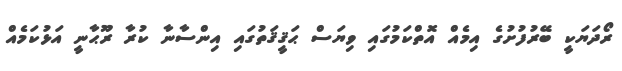
ރޯދަޔަކީ ބޭރުފުށުގެ އިމެއް އޮތްކަމުގައި ވިޔަސް ޙަޤީޤަތުގައި އިންސާނާ ކުރާ ރޫޙާނީ އަޅުކަމެއް